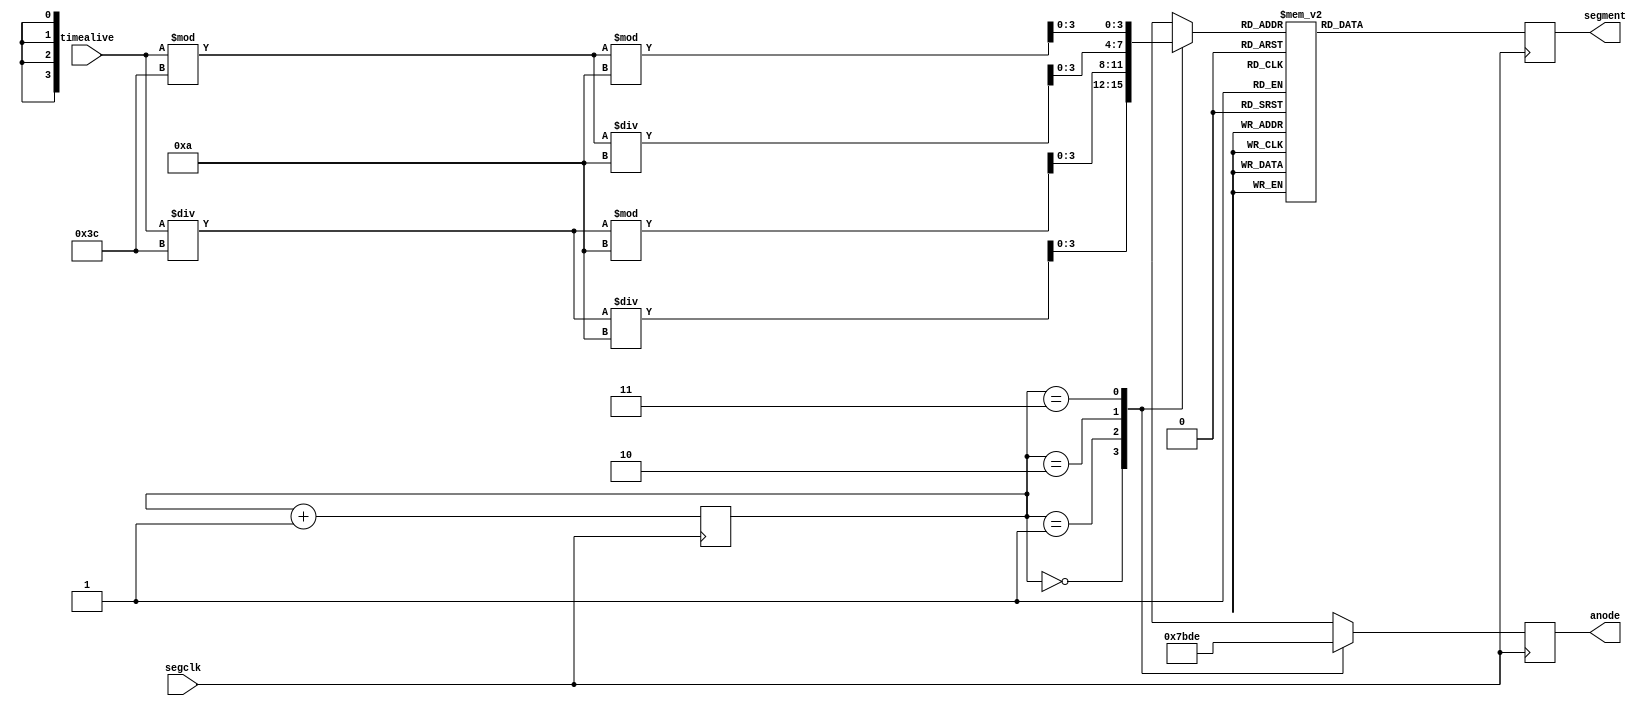
`timescale 1ns / 1ps
//////////////////////////////////////////////////////////////////////////////////
// Company: 
// Engineer: 
// 
// Design Name: 
// Module Name:    score 
// Project Name: 
// Target Devices: 
// Tool versions: 
// Description: 
//
// Dependencies: 
//
// Revision: 
// Revision 0.01 - File Created
// Additional Comments: 
//
//////////////////////////////////////////////////////////////////////////////////
module display(
    segclk,
    timealive,
    anode,
    segment
);

input segclk;
input [15:0] timealive;
output reg [3:0] anode;
output reg [6:0] segment;

reg [3:0] value;
reg [1:0] counter;

initial
begin
	counter = 0;
end

always @(posedge segclk)
begin
	case(counter)
		2'b00:
		begin
			anode = 4'b0111;
	           	value = (timealive / 60) / 10;
		end
		2'b01:
		begin
			anode = 4'b1011;
			value = (timealive / 60) % 10;
		end
		2'b10:
		begin
			anode = 4'b1101;
	           	value = (timealive % 60) / 10;
		end
		2'b11:
		begin
			anode = 4'b1110;
            		value = (timealive % 60) % 10;
		end
	endcase
	counter = counter + 1;
	case(value)
		4'b0000: segment = 7'b0000001;
		4'b0001: segment = 7'b1001111;
		4'b0010: segment = 7'b0010010;
		4'b0011: segment = 7'b0000110;
		4'b0100: segment = 7'b1001100;
		4'b0101: segment = 7'b0100100;
		4'b0110: segment = 7'b0100000;
		4'b0111: segment = 7'b0001111;
		4'b1000: segment = 7'b0000000;
		4'b1001: segment = 7'b0000100;
		default: segment = 7'b0000001;
	endcase
end

endmodule